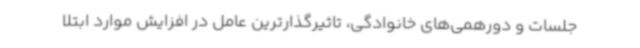
جلسات و دورهمی‌های خانوادگی، تاثیرگذارترین عامل در افزایش موارد ابتلا